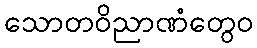
သောတဝိညာဏံတွေဝ